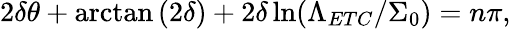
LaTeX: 2\delta\theta+\arctan{(2\delta)}+2\delta\ln(\Lambda_{ETC}/\Sigma_{0})=n\pi,